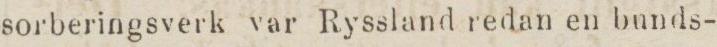
sorberingsverk var Ryssland redan en bunds-